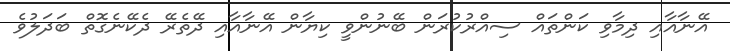
އޭނާއާއި ދިމާވި ކަންތައް ސިއްރުކުރަން ބޭނުންވީ ކިޔާން އޭނާއާއި ދޭތެރޭ ދެކޭނެގޮތް ބަދަލުވެ